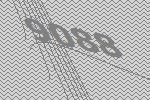
9088